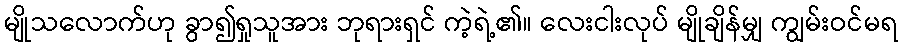
မျိုသလောက်ဟု ခွာ၍ရှုသူအား ဘုရားရှင် ကဲ့ရဲ့၏။ လေးငါးလုပ် မျိုချိန်မျှ ကျွမ်းဝင်မရ